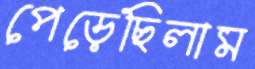
পেড়েছিলাম